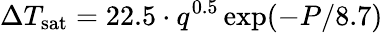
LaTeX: \Delta T_{\mathrm{{sat}}}=22.5\cdot{q}^{0.5}\exp(-P/8.7)